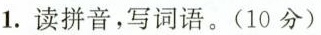
1.读拼音，写词语。（10分）